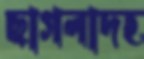
ছাগলাদহ